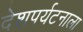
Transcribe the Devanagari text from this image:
देशपर्यटनाला